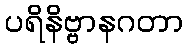
ပရိနိဗ္ဗာနဂတာ